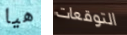
هيا التوقعات